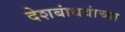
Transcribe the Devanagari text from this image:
देशबांधवांच्या